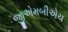
જીએમબીએચ